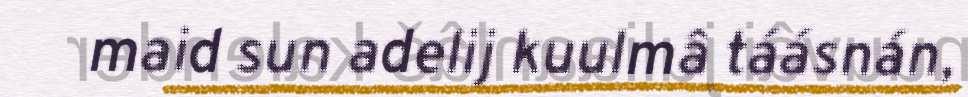
maid sun adelij kuulmâ táásnán,